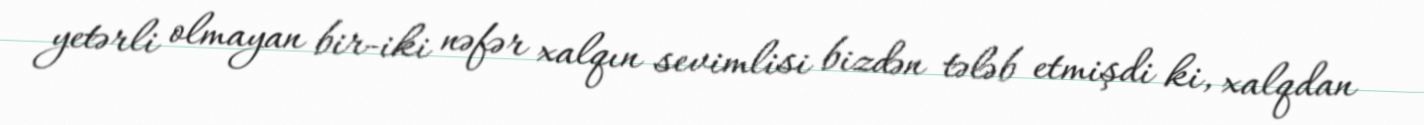
yetərli olmayan bir-iki nəfər xalqın sevimlisi bizdən tələb etmişdi ki, xalqdan